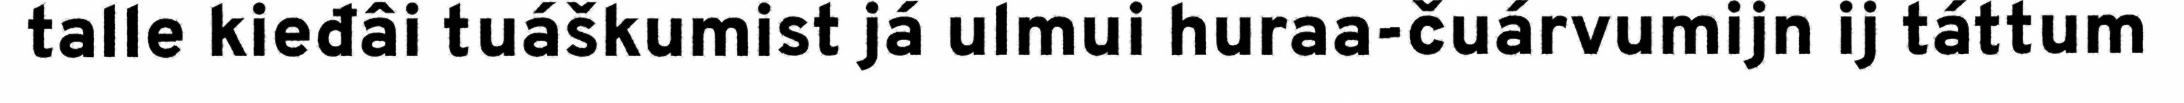
talle kieđâi tuáškumist já ulmui huraa-čuárvumijn ij táttum